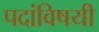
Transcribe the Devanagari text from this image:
पदांविषयी